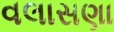
વલાસણા